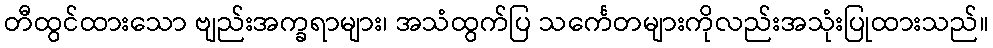
တီထွင်ထားသော ဗျည်းအက္ခရာများ၊ အသံထွက်ပြ သင်္ကေတများကိုလည်းအသုံးပြုထားသည်။